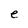
Character: e